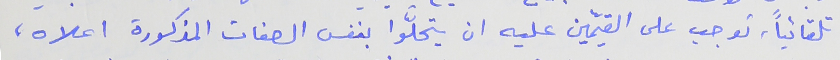
تلقائياً، توجب على القيمّين عليه ان يتحلّوا بنفس الصفات المذكورة اعلاه،